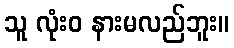
သူ လုံးဝ နားမလည်ဘူး။